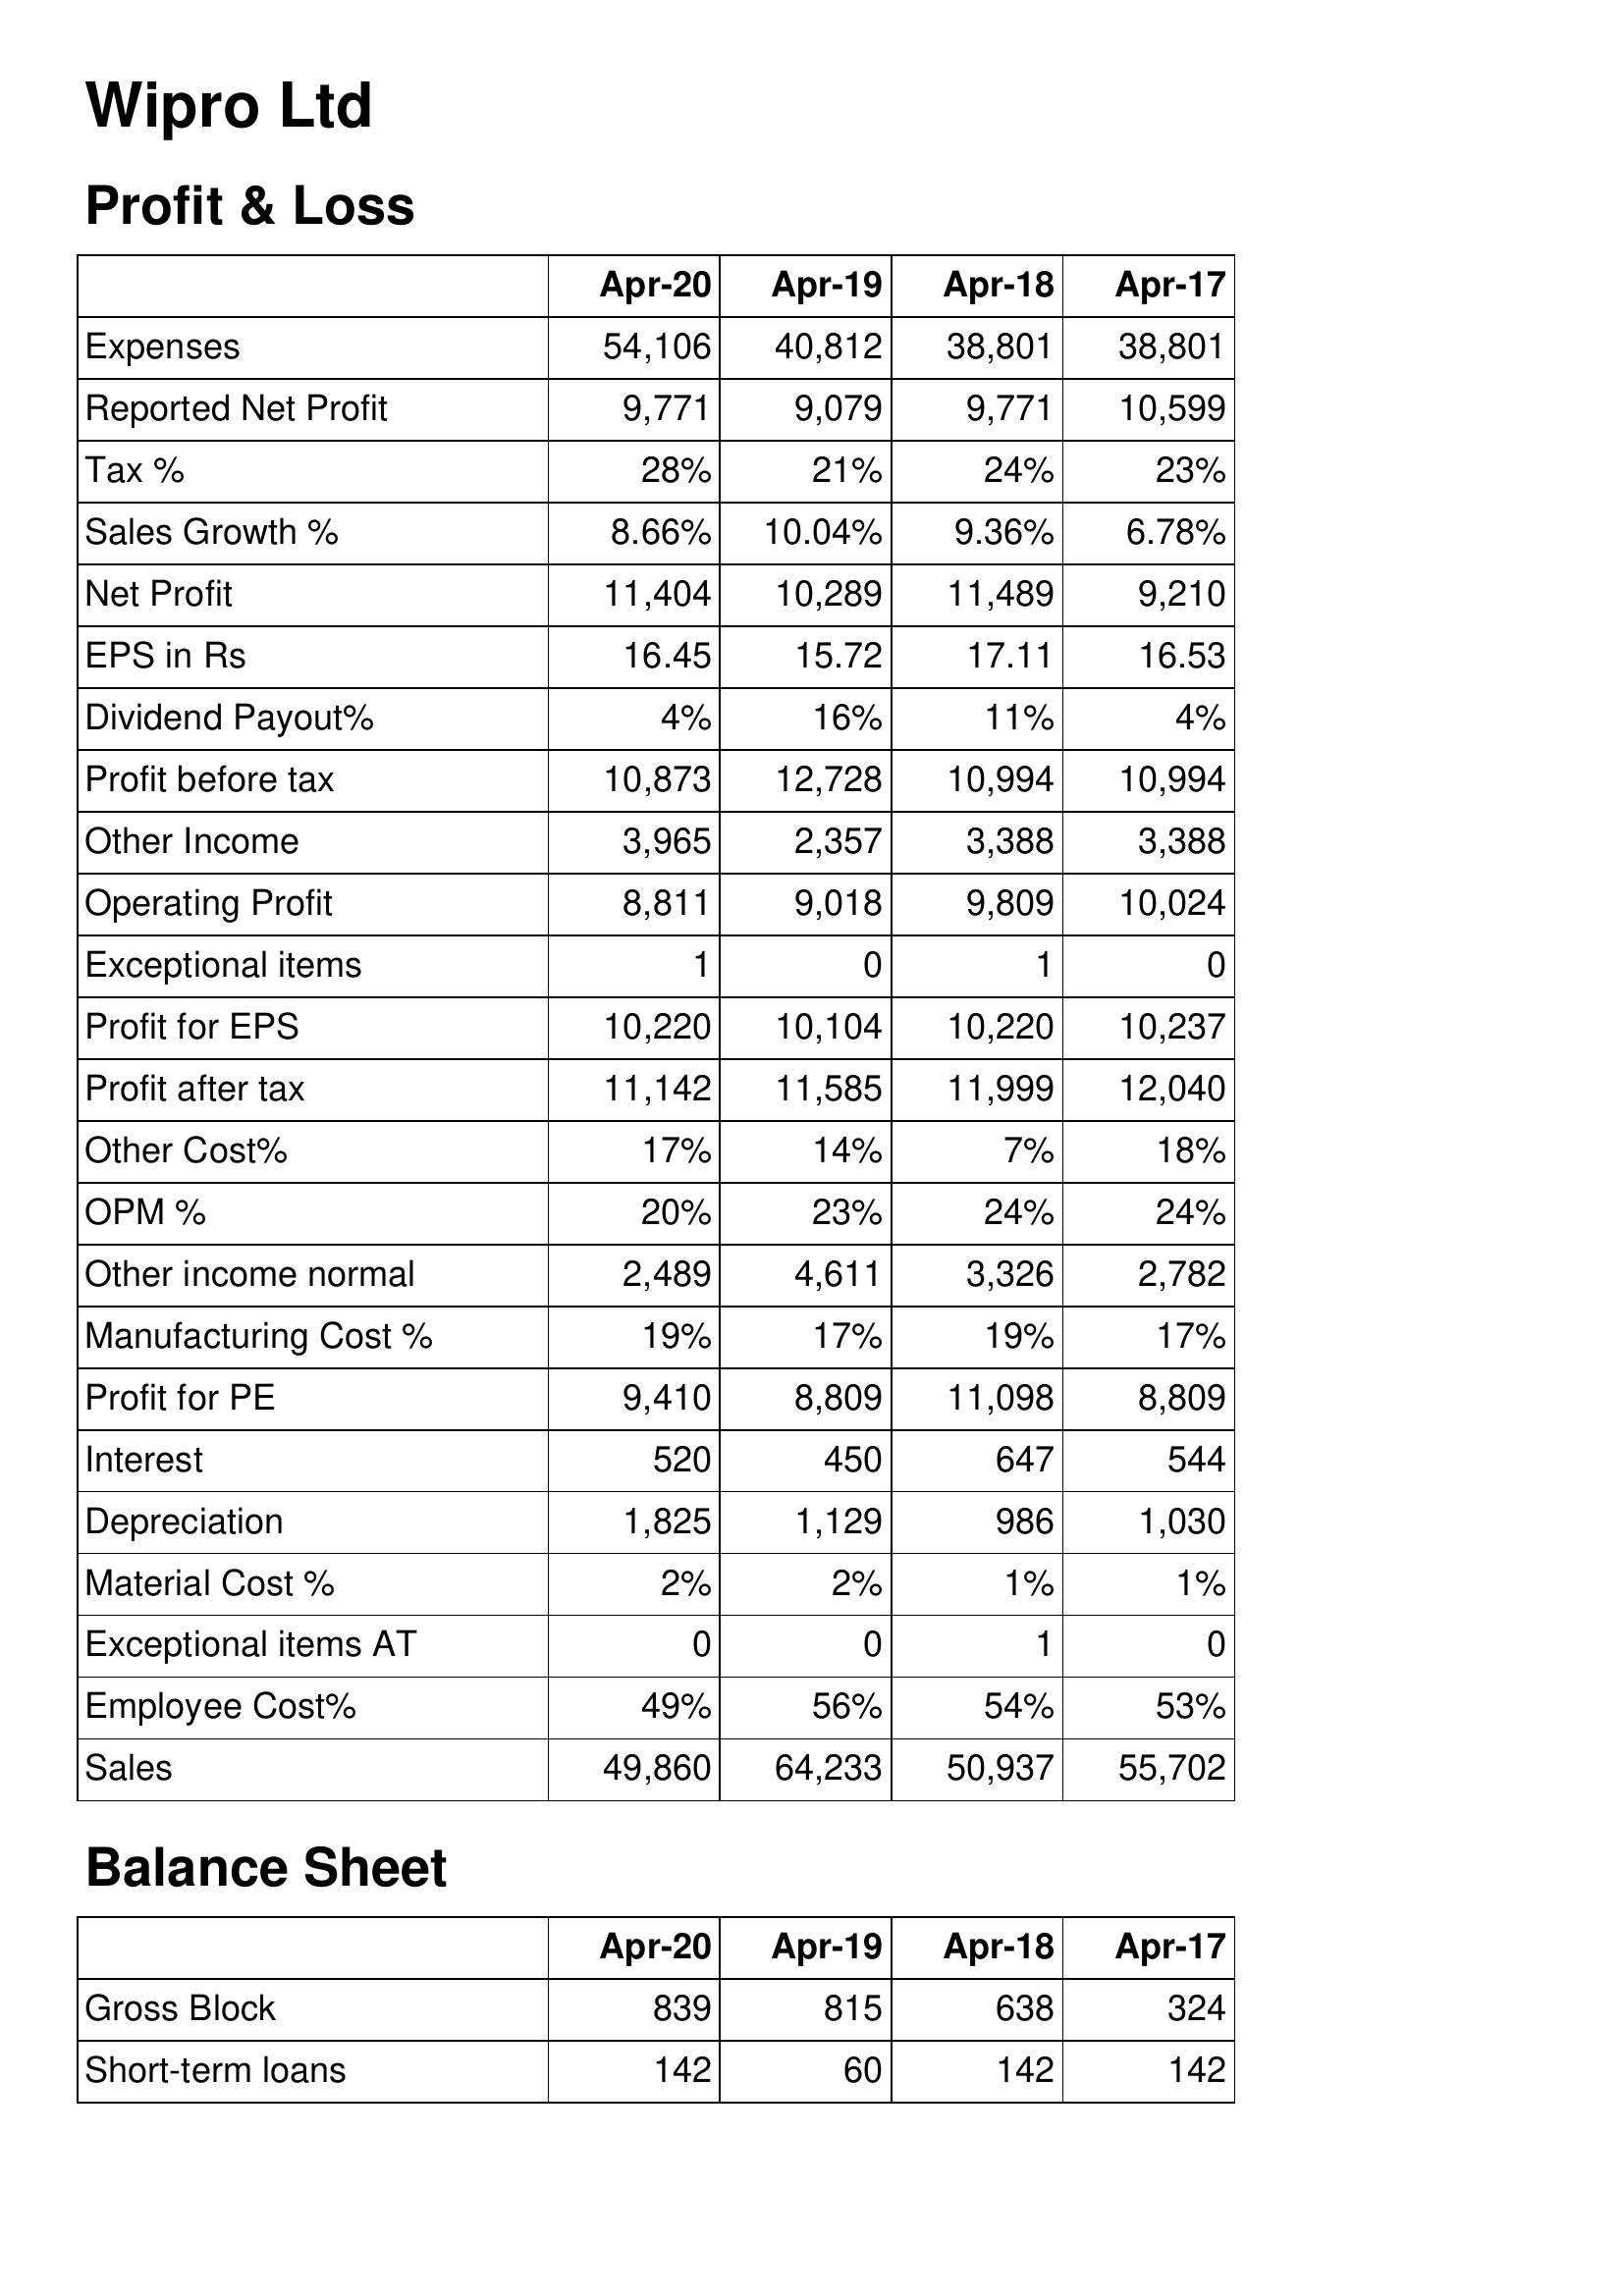
Apr-20: Profit & Loss: Expenses: 54,106
Reported Net Profit: 9,771
Tax %: 28%
Sales Growth %: 8.66%
Net Profit: 11,404
EPS in Rs: 16.45
Dividend Payout%: 4%
Profit before tax: 10,873
Other Income: 3,965
Operating Profit: 8,811
Exceptional items: 1
Profit for EPS: 10,220
Profit after tax: 11,142
Other Cost%: 17%
OPM %: 20%
Other income normal: 2,489
Manufacturing Cost %: 19%
Profit for PE: 9,410
Interest: 520
Depreciation: 1,825
Material Cost %: 2%
Exceptional items AT: 0
Employee Cost%: 49%
Sales: 49,860
Balance Sheet: Gross Block: 839
Short-term loans: 142
Apr-19: Profit & Loss: Expenses: 40,812
Reported Net Profit: 9,079
Tax %: 21%
Sales Growth %: 10.04%
Net Profit: 10,289
EPS in Rs: 15.72
Dividend Payout%: 16%
Profit before tax: 12,728
Other Income: 2,357
Operating Profit: 9,018
Exceptional items: 0
Profit for EPS: 10,104
Profit after tax: 11,585
Other Cost%: 14%
OPM %: 23%
Other income normal: 4,611
Manufacturing Cost %: 17%
Profit for PE: 8,809
Interest: 450
Depreciation: 1,129
Material Cost %: 2%
Exceptional items AT: 0
Employee Cost%: 56%
Sales: 64,233
Balance Sheet: Gross Block: 815
Short-term loans: 60
Apr-18: Profit & Loss: Expenses: 38,801
Reported Net Profit: 9,771
Tax %: 24%
Sales Growth %: 9.36%
Net Profit: 11,489
EPS in Rs: 17.11
Dividend Payout%: 11%
Profit before tax: 10,994
Other Income: 3,388
Operating Profit: 9,809
Exceptional items: 1
Profit for EPS: 10,220
Profit after tax: 11,999
Other Cost%: 7%
OPM %: 24%
Other income normal: 3,326
Manufacturing Cost %: 19%
Profit for PE: 11,098
Interest: 647
Depreciation: 986
Material Cost %: 1%
Exceptional items AT: 1
Employee Cost%: 54%
Sales: 50,937
Balance Sheet: Gross Block: 638
Short-term loans: 142
Apr-17: Profit & Loss: Expenses: 38,801
Reported Net Profit: 10,599
Tax %: 23%
Sales Growth %: 6.78%
Net Profit: 9,210
EPS in Rs: 16.53
Dividend Payout%: 4%
Profit before tax: 10,994
Other Income: 3,388
Operating Profit: 10,024
Exceptional items: 0
Profit for EPS: 10,237
Profit after tax: 12,040
Other Cost%: 18%
OPM %: 24%
Other income normal: 2,782
Manufacturing Cost %: 17%
Profit for PE: 8,809
Interest: 544
Depreciation: 1,030
Material Cost %: 1%
Exceptional items AT: 0
Employee Cost%: 53%
Sales: 55,702
Balance Sheet: Gross Block: 324
Short-term loans: 142